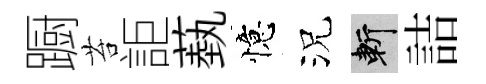
蹰苔詎蓺憶況斬詰